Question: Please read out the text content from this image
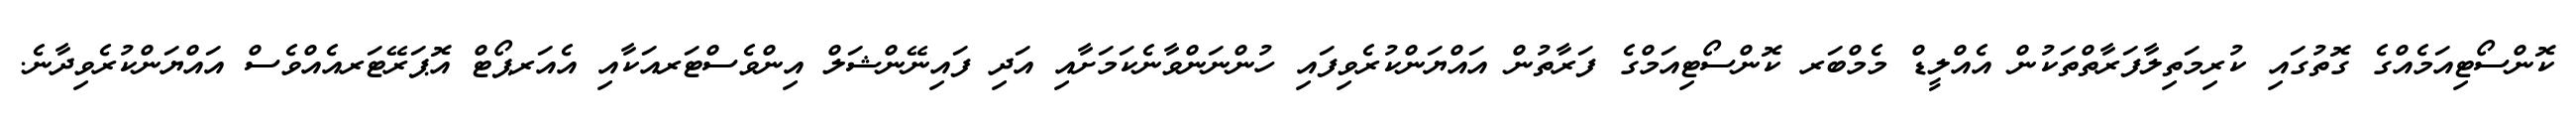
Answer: ކޮންސޯޓިއަމެއްގެ ގޮތުގައި ކުރިމަތިލާފަރާތްތަކުން އެއްލީޑް މެމްބަރ ކޮންސޯޓިއަމްގެ ފަރާތުން އައްޔަންކުރެވިފައި ހުންނަންވާނެކަމަށާއި އަދި ފައިނޭންޝަލް އިންވެސްޓަރއަކާއި އެއަރޕޯޓް އޮޕަރޭޓަރއެއްވެސް އައްޔަންކުރެވިދާނެ.